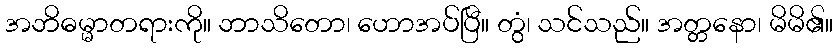
အဘိဓမ္မာတရားကို။ ဘာသိတော၊ ဟောအပ်ပြီ။ တွံ၊ သင်သည်။ အတ္တနော၊ မိမိ၏။